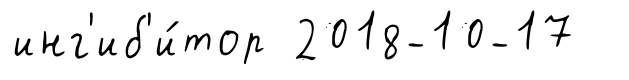
инг'иб'и́тор 2018-10-17